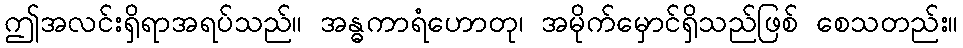
ဤအလင်းရှိရာအရပ်သည်။ အန္ဓကာရံဟောတု၊ အမိုက်မှောင်ရှိသည်ဖြစ် စေသတည်း။